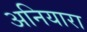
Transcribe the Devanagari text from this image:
अनियारा